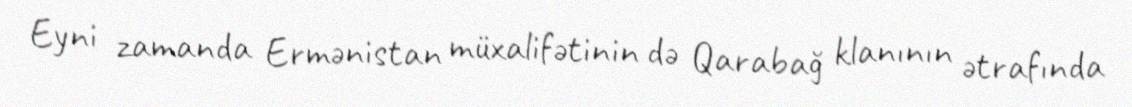
Eyni zamanda Ermənistan müxalifətinin də Qarabağ klanının ətrafında